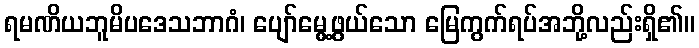
ရမဏိယဘူမိပဒေသဘာဂံ၊ ပျော်မွေ့ဖွယ်သော မြေကွက်ရပ်အဘို့လည်းရှိ၏။